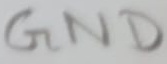
Text: GND